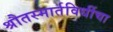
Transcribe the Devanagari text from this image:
श्रौतस्मार्तविधींचा